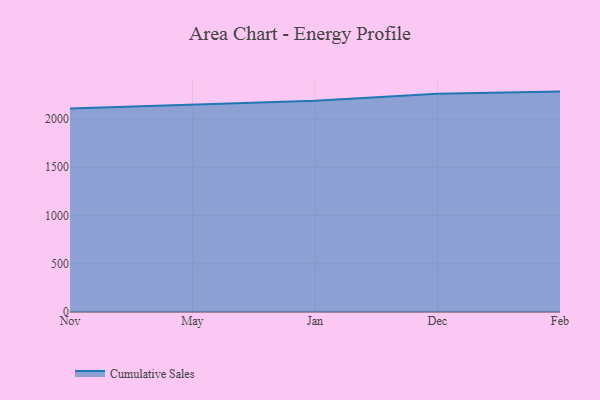
{"axis": {"x": "Month", "y": "Website Visitors"}, "legend": ["Cumulative Sales"], "data": [{"x": "Nov", "y": 2109.6, "type": "Cumulative Sales"}, {"x": "May", "y": 2150.6, "type": "Cumulative Sales"}, {"x": "Jan", "y": 2189.8, "type": "Cumulative Sales"}, {"x": "Dec", "y": 2261.2, "type": "Cumulative Sales"}, {"x": "Feb", "y": 2284.3, "type": "Cumulative Sales"}]}